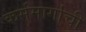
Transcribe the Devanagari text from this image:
कर्ममार्गाची